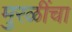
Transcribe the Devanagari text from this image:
मुरळींचा